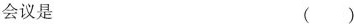
会议是 ( )